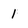
Character: 1